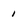
Character: 1